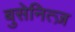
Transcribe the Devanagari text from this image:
बुसेनित्ज़